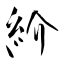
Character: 紒